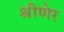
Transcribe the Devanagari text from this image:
श्रीणेर